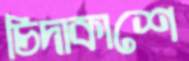
চিদাকাশে